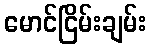
မောင်ငြိမ်းချမ်း